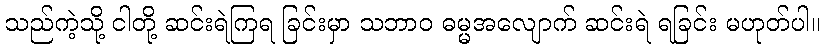
သည်ကဲ့သို့ ငါတို့ ဆင်းရဲကြရ ခြင်းမှာ သဘာဝ ဓမ္မအလျောက် ဆင်းရဲ ရခြင်း မဟုတ်ပါ။